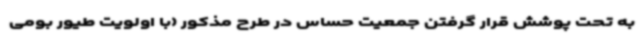
به تحت پوشش قرار گرفتن جمعیت حساس در طرح مذکور (با اولویت طیور بومی